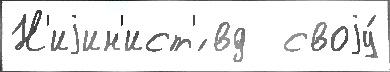
Н'иjин'ист'́ вд  своjу́